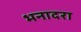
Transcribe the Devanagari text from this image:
भनादरा